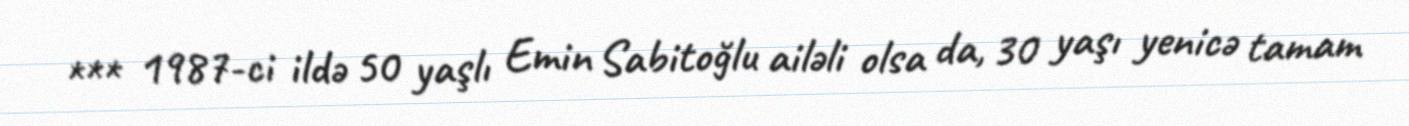
*** 1987-ci ildə 50 yaşlı Emin Sabitoğlu ailəli olsa da, 30 yaşı yenicə tamam